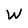
Character: W